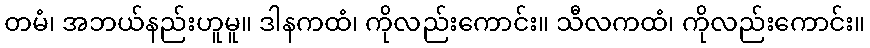
တမံ၊ အဘယ်နည်းဟူမူ။ ဒါနကထံ၊ ကိုလည်းကောင်း။ သီလကထံ၊ ကိုလည်းကောင်း။